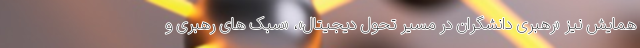
همایش نیز «رهبری دانشگران در مسیر تحول دیجیتال»، «سبک­ های رهبری و